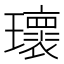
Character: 瓌